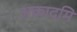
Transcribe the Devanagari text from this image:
अकादमि